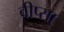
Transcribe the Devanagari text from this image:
वीप्सा